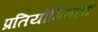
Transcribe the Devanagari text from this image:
प्रतियोगिताचे